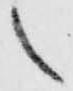
々